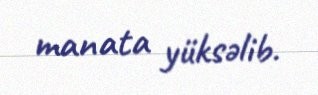
manata yüksəlib.